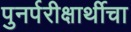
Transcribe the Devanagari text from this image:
पुनर्परीक्षार्थीचा